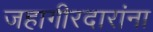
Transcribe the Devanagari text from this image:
जहागीरदारांना